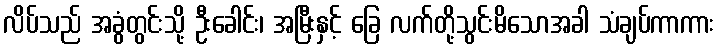
လိပ်သည် အခွံတွင်းသို့ ဦးခေါင်း၊ အမြီးနှင့် ခြေ လက်တို့သွင်းမိသောအခါ သံချပ်ကာကား